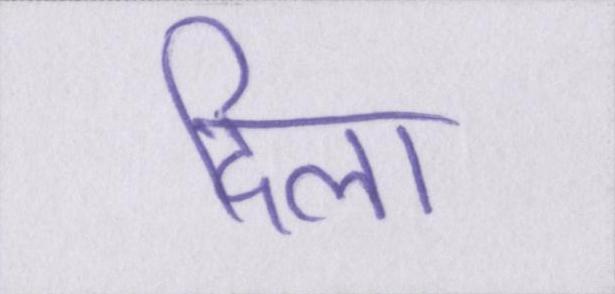
दिला